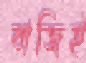
বাজিই